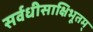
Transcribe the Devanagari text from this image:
सर्वधीसाक्षिभूतम्